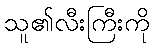
သူ၏လီးကြီးကို